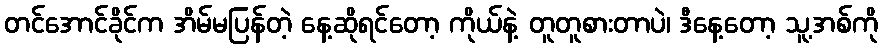
တင်အောင်ခိုင်က အိမ်မပြန်တဲ့ နေ့ဆိုရင်တော့ ကိုယ်နဲ့ တူတူစားတာပဲ၊ ဒီနေ့တော့ သူ့အစ်ကို